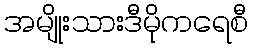
အမျိုးသားဒီမိုကရေစီ